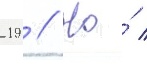
-19 // Но́ /